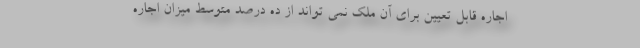
اجاره قابل تعیین برای آن ملک نمی تواند از ده درصد متوسط میزان اجاره